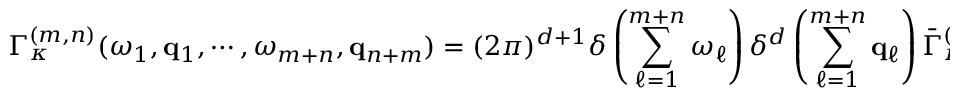
\Gamma _ { \kappa } ^ { ( m , n ) } ( \omega _ { 1 } , { \bf q } _ { 1 } , \cdots , \omega _ { m + n } , { \bf q } _ { n + m } ) = ( 2 \pi ) ^ { d + 1 } \delta \left( \sum _ { \ell = 1 } ^ { m + n } \omega _ { \ell } \right) \delta ^ { d } \left( \sum _ { \ell = 1 } ^ { m + n } { \bf q } _ { \ell } \right) \bar { \Gamma } _ { \kappa } ^ { ( m , n ) } ( \omega _ { 1 } , { \bf q } _ { 1 } , \cdots , \omega _ { m + n - 1 } , { \bf q } _ { n + m - 1 } ) \, ,